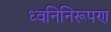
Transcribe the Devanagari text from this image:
ध्वनिनिरूपण